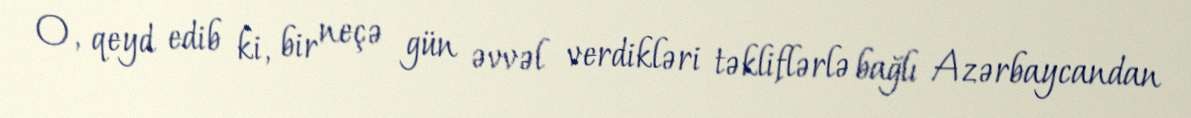
O, qeyd edib ki, bir neçə gün əvvəl verdikləri təkliflərlə bağlı Azərbaycandan